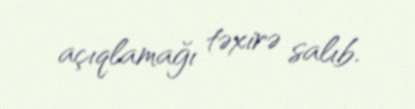
açıqlamağı təxirə salıb.